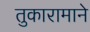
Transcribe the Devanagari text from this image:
तुकारामाने